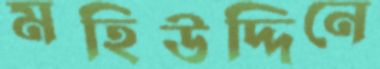
মহিউদ্দিনে